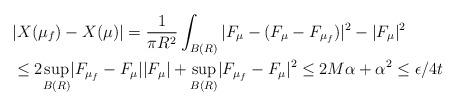
LaTeX: \begin{align*}&|X(\mu_{f}) -X(\mu)| = \frac{1}{\pi R^2}\int_{B(R)} |F_{\mu}- (F_{\mu}- F_{\mu_{f}})|^2- |F_{\mu}|^2 \\& \leq 2\underset{B(R)}{\sup}|F_{\mu_f}- F_{\mu}| |F_\mu|+ \underset{B(R)}{\sup}|F_{\mu_f}- F_{\mu}|^2\leq 2M \alpha + \alpha^2\leq \epsilon/4t \end{align*}